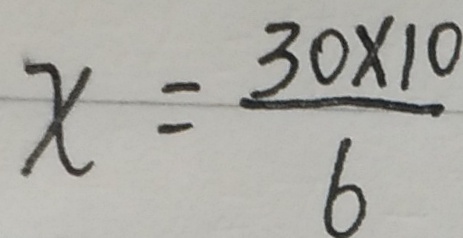
x = \frac { 3 0 \times 1 0 } { 6 }